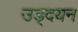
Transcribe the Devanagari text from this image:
उड्दयन